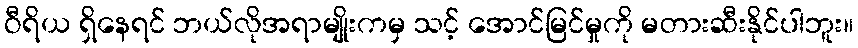
ဝီရိယ ရှိနေရင် ဘယ်လိုအရာမျိုးကမှ သင့် အောင်မြင်မှုကို မတားဆီးနိုင်ပါဘူး။